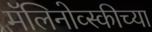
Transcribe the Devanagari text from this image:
मॅलिनोव्स्कीच्या